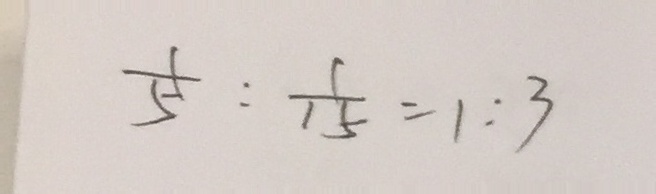
\frac { 1 } { 5 } : \frac { 1 } { 1 5 } = 1 : 3